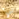
شيء